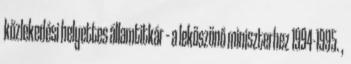
közlekedési helyettes ál­lam­titkár – a leköszönő miniszterhez 1994-1995. ,